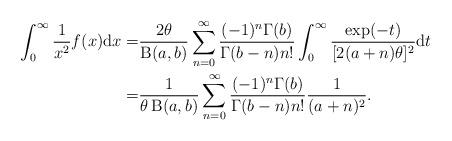
LaTeX: \begin{align*}\int^{\infty}_{0}\frac{1}{x^2} f(x)\mathrm{d}x=&\frac{2\theta}{\operatorname{B}(a,b)}\sum_{n=0}^{\infty}\frac{(-1)^n\Gamma(b)}{\Gamma(b-n)n!}\int^{\infty}_{0}\frac{\exp(-t)}{[2(a+n)\theta]^2}\mathrm{d}t\\=&\frac{1}{\theta\operatorname{B}(a,b)}\sum_{n=0}^{\infty}\frac{(-1)^n\Gamma(b)}{\Gamma(b-n)n!}\frac{1}{(a+n)^2}.\end{align*}